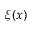
\xi ( x )